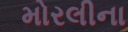
મોરલીના